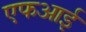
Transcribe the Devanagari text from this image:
एफआई